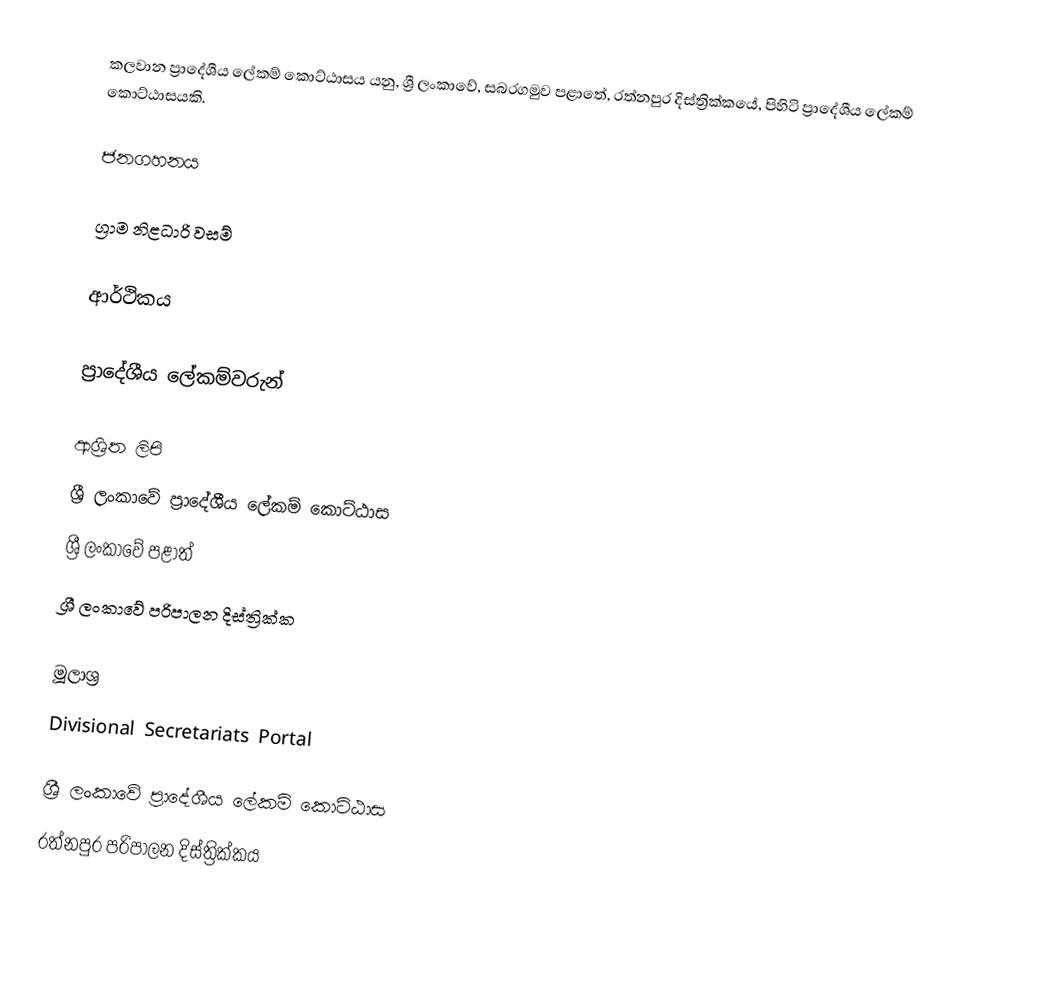
කලවාන ප්‍රාදේශීය ලේකම් කොට්ඨාසය යනු,  ශ්‍රී ලංකාවේ, සබරගමුව පළාතේ,   රත්නපුර දිස්ත්‍රික්කයේ, පිහිටි ප්‍රාදේශීය ලේකම් කොට්ඨාසයකි.

ජනගහනය

ග්‍රාම නිළධාරි වසම්

ආර්ථිකය

ප්‍රාදේශීය ලේකම්වරුන්

ආශ්‍රිත ලිපි
ශ්‍රී ලංකාවේ ප්‍රාදේශීය ලේකම් කොට්ඨාස
ශ්‍රී ලංකාවේ පළාත්
ශ්‍රී ලංකාවේ පරිපාලන දිස්ත්‍රික්ක

මූලාශ්‍ර
 Divisional Secretariats Portal

ශ්‍රී ලංකාවේ ප්‍රාදේශීය ලේකම් කොට්ඨාස
රත්නපුර පරිපාලන දිස්ත්‍රික්කය